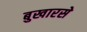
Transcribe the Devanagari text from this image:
बुखारसे